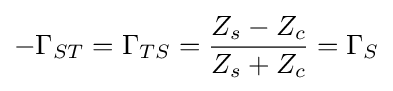
-\Gamma _{ST}=\Gamma _{TS}={Z_{s}-Z_{c} \over Z_{s}+Z_{c}}=\Gamma _{S}